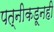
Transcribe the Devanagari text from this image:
पत्‍नीकडूनही